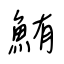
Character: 鮪